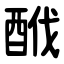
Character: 䣹